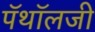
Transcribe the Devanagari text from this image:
पॅथॉलजी